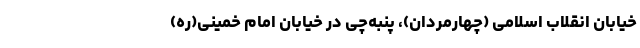
خیابان انقلاب اسلامی (چهارمردان)، پنبه‌چی در خیابان امام خمینی(ره)